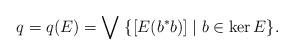
LaTeX: \begin{align*}q=q(E)=\bigvee\;\{[E(b^*b)]\mid b\in\ker E\}.\end{align*}